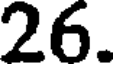
26.